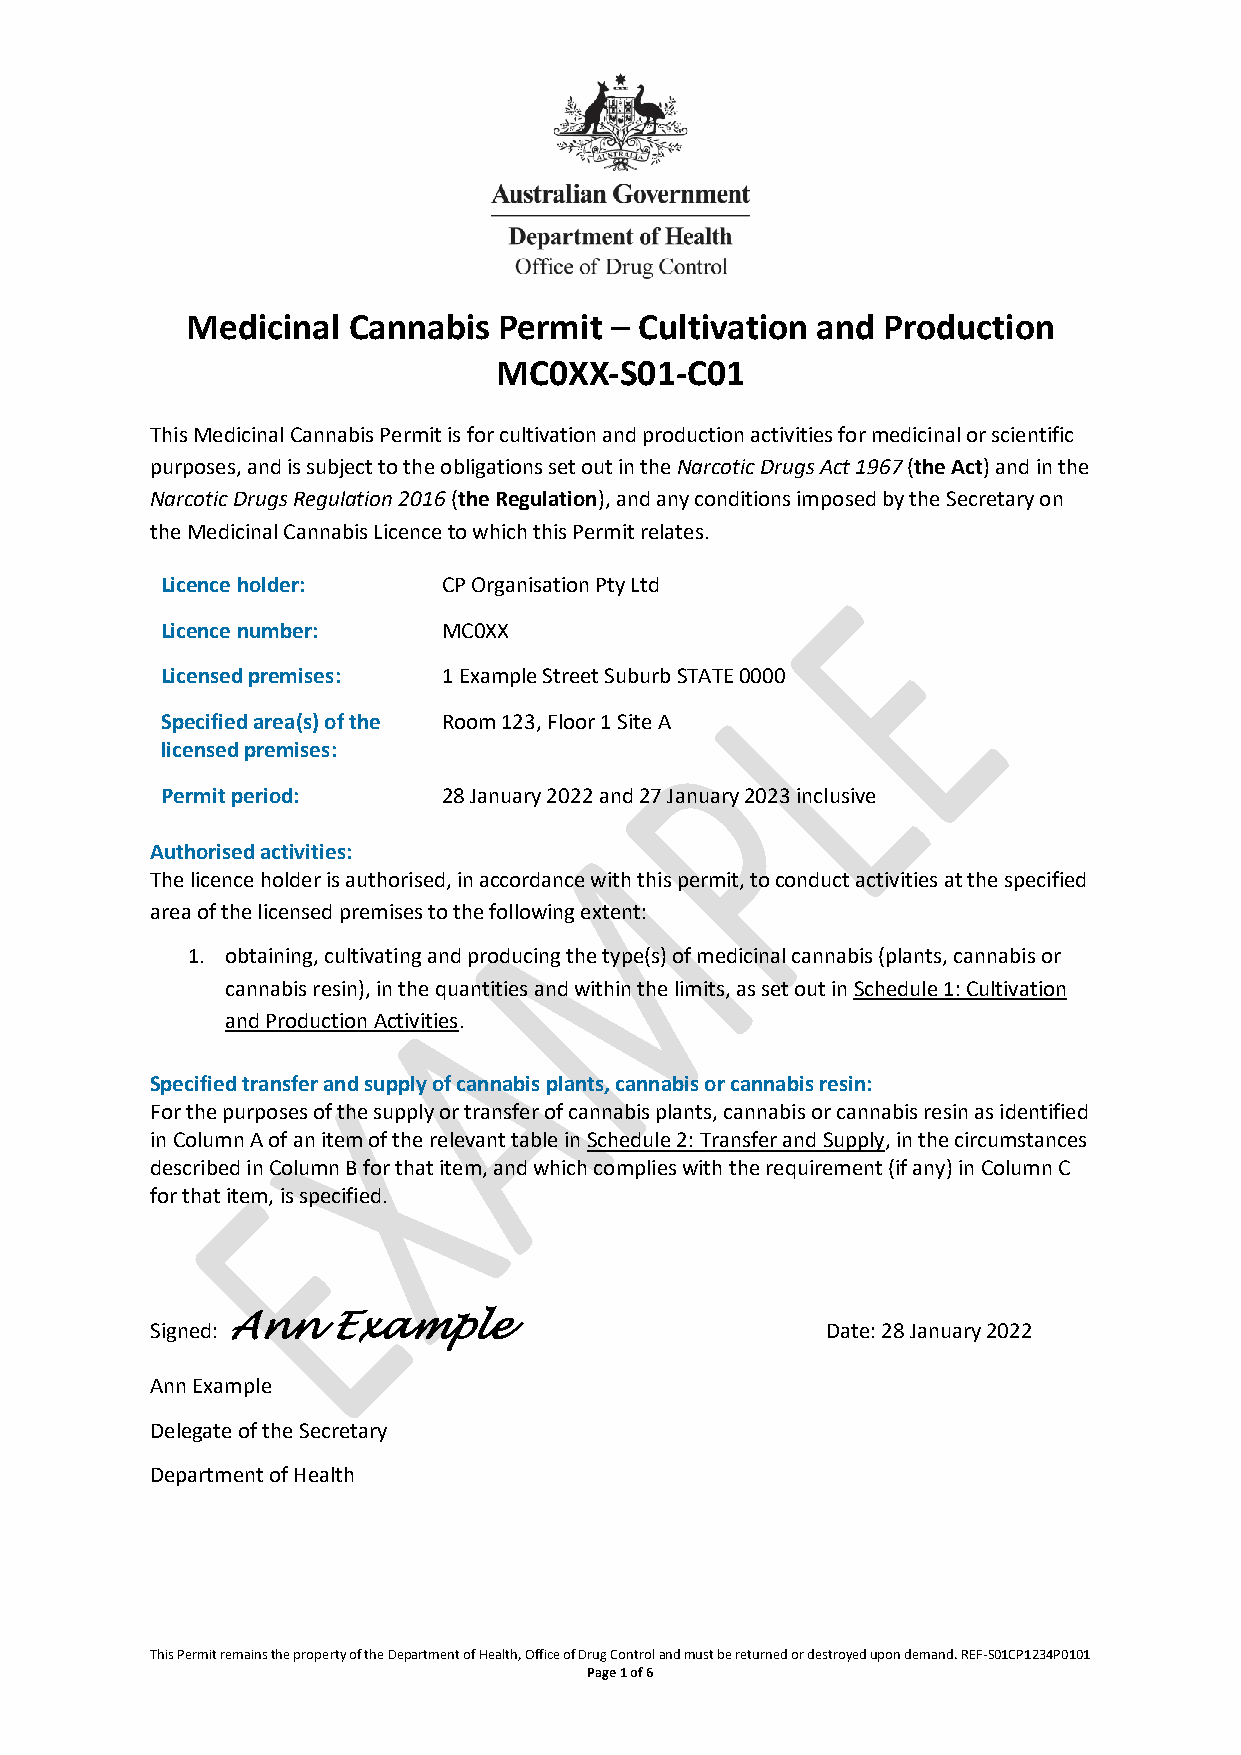
Medicinal  Cannabis  Permit – Cultivation and Production
 MC0XX-S01-C01
 This Medicinal Cannabis Permit is for cultivation and production activities for medicinal or scientific
 purposes, and is subject to the obligations set out in the Narcotic Drugs Act 1967 (the Act) and in the
 Narcotic Drugs Regulation 2016 (the Regulation), and any conditions imposed by the Secretary on
 the Medicinal Cannabis Licence to which this Permit relates.
 Licence holder:   CP Organisation Pty Ltd
 Licence number:   MC0XX
 Licensed premises: 1 Example Street Suburb STATE 0000
 Specified area(s) of the Room 123, Floor 1 Site A
 licensed premises:
 Permit period:    28 January 2022 and 27 January 2023 inclusive
 Authorised activities:
 The licence holder is authorised, in accordance with this permit, to conduct activities at the specified
 area of the licensed premises to the following extent:
 1. obtaining, cultivating and producing the type(s) of medicinal cannabis (plants, cannabis or
 cannabis resin), in the quantities and within the limits, as set out in Schedule 1: Cultivation
 and Production Activities.
 Specified transfer and supply of cannabis plants, cannabis or cannabis resin:
 For the purposes of the supply or transfer of cannabis plants, cannabis or cannabis resin as identified
 in Column A of an item of the relevant table in Schedule 2: Transfer and Supply, in the circumstances
 described in Column B for that item, and which complies with the requirement (if any) in Column C
 for that item, is specified.
 Ann    Example
 Signed:                                      Date: 28 January 2022
 Ann Example
 Delegate of the Secretary
 Department of Health
 This Permit remains the property of the Department of Health, Office of Drug Control and must be returned or destroyed upon demand. REF-S01CP1234P0101
 Page 1 of 6